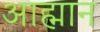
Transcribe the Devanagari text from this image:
आह्मान